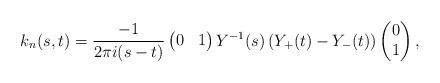
LaTeX: \begin{align*}k_n(s,t)=\frac{-1}{2\pi i(s-t)}\begin{pmatrix}0&1\end{pmatrix}Y^{-1}(s)\left(Y_+(t)-Y_-(t)\right)\begin{pmatrix}0\\1\end{pmatrix},\end{align*}